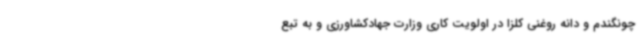
چونگندم و دانه روغنی کلزا در اولویت کاری وزارت جهادکشاورزی و به تبع